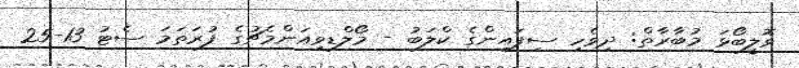
ވޮލީބޯޅަ މުބާރާތް: ދިވެހި ސިފައިންގެ ކްލަބު - މޯލްޑިވިއަންމެޗުގެ ފުރަތަމަ ސެޓު 13-25